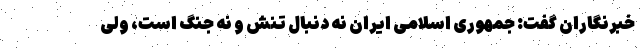
خبرنگاران گفت: جمهوری اسلامی ایران نه دنبال تنش و نه جنگ است، ولی